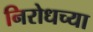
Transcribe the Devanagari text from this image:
निरोधच्या